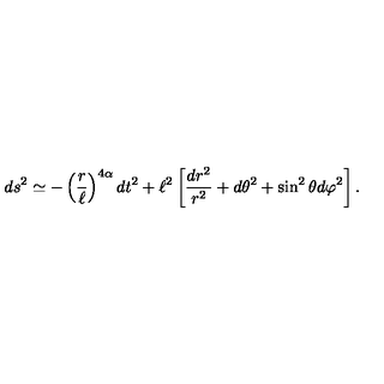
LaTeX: d s ^ { 2 } \simeq - \left( { \frac { r } { \ell } } \right) ^ { 4 \alpha } d t ^ { 2 } + \ell ^ { 2 } \left[ { \frac { d r ^ { 2 } } { r ^ { 2 } } } + d \theta ^ { 2 } + \sin ^ { 2 } \theta d \varphi ^ { 2 } \right] .